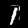
Digit: 1